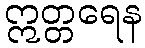
ဣတ္တရေန